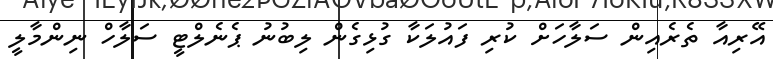
އޭރިއާ ތެރެއިން ސަލާހަށް ކުރި ފައުލަކާ ގުޅިގެން ލިބުނު ޕެނެލްޓީ ސަލާހް ނިންމާލީ